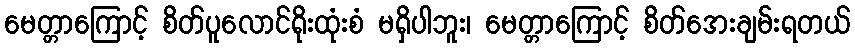
မေတ္တာကြောင့် စိတ်ပူလောင်ရိုးထုံးစံ မရှိပါဘူး၊ မေတ္တာကြောင့် စိတ်အေးချမ်းရတယ်